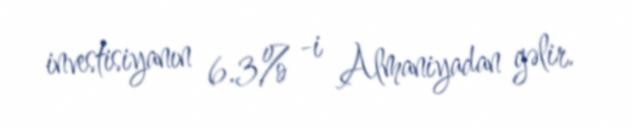
investisiyanın 6.3% -i Almaniyadan gəlir.